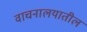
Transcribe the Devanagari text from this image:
वाचनालयातील